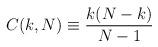
LaTeX: \begin{align*}C(k,N) \equiv {k(N-k)\over N-1}\end{align*}